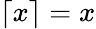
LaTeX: \lceil x\rceil=x